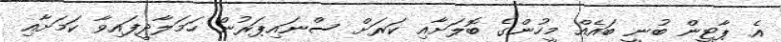
އެ ޕާޓީން ބުނީ ބައެއް މީހުންގެ ބޮލަށާއި ކަރަށް ސްނައިޕަރުން ހަމަލާދީފައިވާ ކަމަށާއި